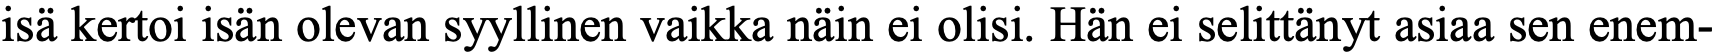
isä kertoi isän olevan syyllinen vaikka näin ei olisi. Hän ei selittänyt asiaa sen enem-